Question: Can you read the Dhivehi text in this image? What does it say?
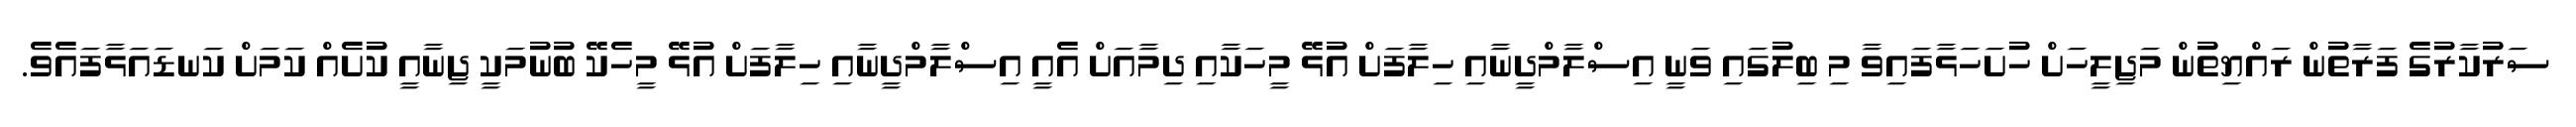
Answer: ސަރުކާރުގެ ފަރާތުން ރައްޔިތުން މަޖިލީހަށް ހުށަހަޅާފައިވާ މި ބިލުގައި ވަނީ އިސްލާމްދީނާއި ހިލާފަށް އުޅޭ މީހަކާއި ދިމާއަށް އެއީ އިސްލާމްދީނާއި ހިލާފަށް އުޅޭ މީހެކޭ ބުނުމަކީ ޖިނާއީ ކުށެއް ކަމަށް ކަނޑައަޅާފައެވެ.